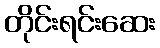
တိုင်းရင်းဆေး